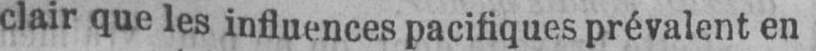
clair que les influences pacifiques prévalent en